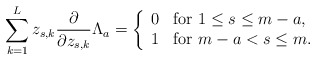
\begin{align*} \sum _{k=1}^L z_{s,k} \frac{\partial}{\partial z_{s,k}} \Lambda _a = \left\{ \begin{array}{ll} 0 & \mbox{for $ 1 \leq s \leq m-a $,} \\ 1 & \mbox{for $ m-a < s \leq m $.} \end{array} \right.\end{align*}